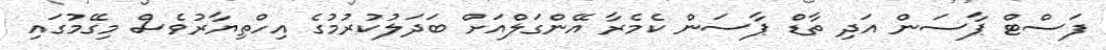
ފަސްޓް ޕާސަން އަދި ތާޑް ޕާސަން ކެމެރާ އޭންގަލްއަށް ބަދަލުކުރުމުގެ އިހްތިޔާރުވެސް މިގޭމުގައި